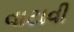
વાટાવી